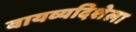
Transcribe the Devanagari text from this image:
वायव्यदिशेला